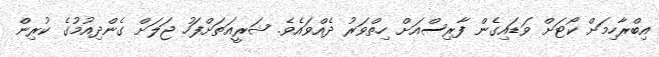
އިބްރާހިމަށް ކޯޓަށް ވަޑައިގެން ފާރިސްއަށް ހިތްވަރު ދެއްވައެވެ. ޝަރީއަތަށްފަހު ޖަލަށް ގެންދިއުމުގެ ކުރިން